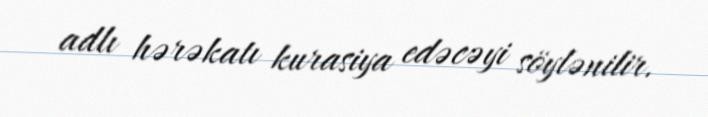
adlı hərəkatı kurasiya edəcəyi söylənilir.